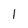
Character: 1